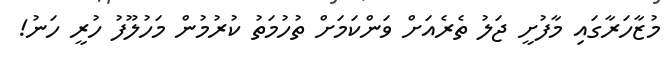
މުޒާހަރާގައި މާފުށީ ޖަލު ތެރެއަށް ވަންކަމަށް ތުހުމަތު ކުރުމުން މަހުލޫފު ހުރީ ހަނު!